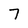
Character: 7